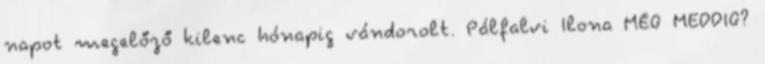
napot megelőző kilenc hónapig vándorolt. Pálfalvi Ilona MÉG MEDDIG?